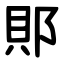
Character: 郥